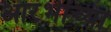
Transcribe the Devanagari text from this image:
आरंभींच्या